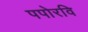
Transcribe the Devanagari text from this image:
पपोरवि